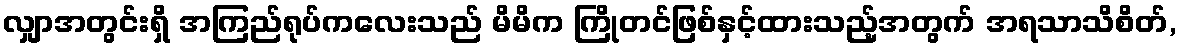
လျှာအတွင်းရှိ အကြည်ရုပ်ကလေးသည် မိမိက ကြိုတင်ဖြစ်နှင့်ထားသည့်အတွက် အရသာသိစိတ်,